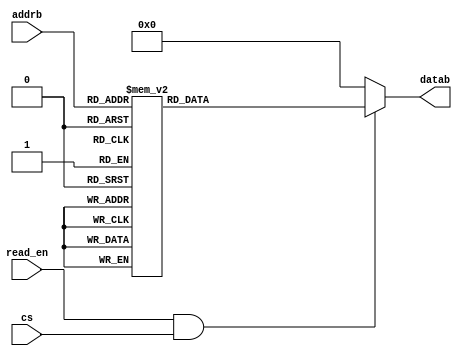
module ROM3_8x8 (cs, addrb, datab, read_en);

	input [2:0] addrb;
	output [7:0] datab;
	input read_en, cs;
	
	reg [7:0] datab;
	
	always @ (*)
		if (read_en & cs)
			case (addrb)
				0: datab = 128;
				1: datab = 138;
				2: datab = 148;
				3: datab = 158;
				4: datab = 168;
				5: datab = 178;
				6: datab = 188;
				7: datab = 198;
			endcase
		else
			datab = 8'b0;

endmodule